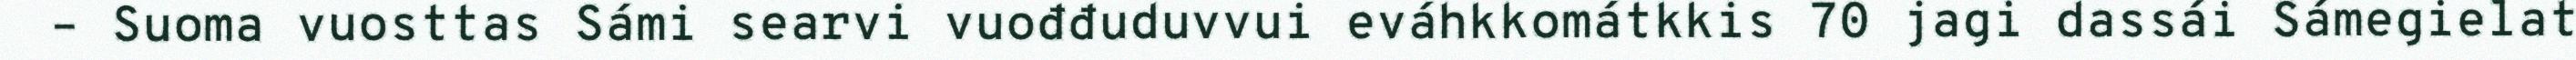
– Suoma vuosttas Sámi searvi vuođđuduvvui eváhkkomátkkis 70 jagi dassái Sámegielat